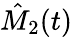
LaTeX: \hat{M}_{2}(t)